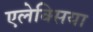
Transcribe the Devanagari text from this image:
एलेक्सिया